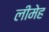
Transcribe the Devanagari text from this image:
लीमेह